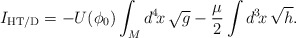
\begin{align*}I_{\rm HT/D} = - U(\phi_0) \int_M d^4\!x\, \sqrt{g} - \frac{\mu}{2} \int d^3\!x\, \sqrt{h}.\end{align*}